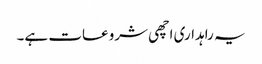
یہ راہداری اچھی شروعات ہے۔